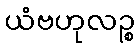
ယံဗဟုလဉ္စ